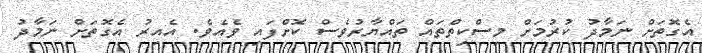
އެގޮތަށް ނަމާދު ކުރުމަށް މިސްކިތްތައް ތައްޔާރުވެސް ކޮށްފައި ވެއެވެ. އެއިރު އެގޮތަށް ނަމާދު